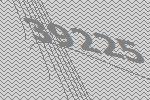
39225